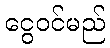
ငွေဝင်မည်